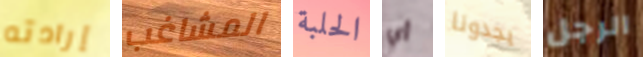
إرادته المشاغب الحلبة أي يجدونا الرجل